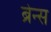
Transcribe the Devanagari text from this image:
ब्रेन्स